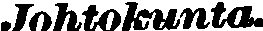
Johtokunta.